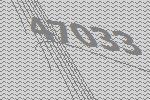
47033